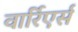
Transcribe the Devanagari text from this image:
वार्रिएर्स